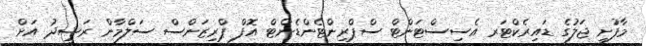
މާފުށީ ޖަލުގެ ޑައިރެކްޓަރ އެސިސްޓަންޓް ސްޕްރިންޓެންޑެންޓް އޮފް ޕްރިޒަންސް ސަލްމާން ރަޝީދު އަށް